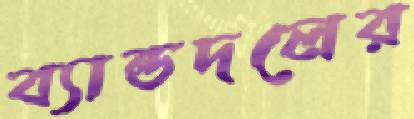
ব্যান্ডদলের